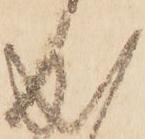
成